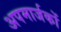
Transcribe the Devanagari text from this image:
अपमार्जकों